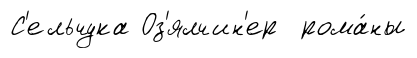
С'ельчука Оз'ялчин'ер рома́ны